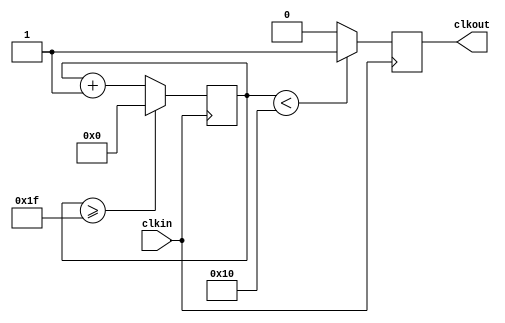
//32 0.5
module Lab02(
    clkin,clkout
);
    input clkin;
    output reg clkout;
    parameter n = 32;
    parameter m = 4;
    reg[m:0] cnt;
always @(posedge clkin) begin
    if(cnt>=n-1) cnt<=5'b00000;
    else cnt<=cnt+1;
    if(cnt<n/2) clkout<=1;
    else clkout<=0;
end
endmodule